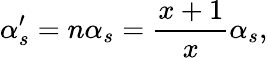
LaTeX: \alpha_{s}^{\prime}=n\alpha_{s}=\frac{x+1}{x}\alpha_{s},